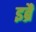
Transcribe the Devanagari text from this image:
इब्रै